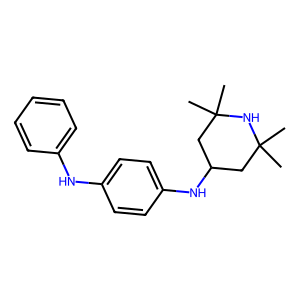
SMILES: CC1(C)CC(Nc2ccc(Nc3ccccc3)cc2)CC(C)(C)N1
Inhibits HIV replication: No